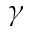
\gamma